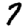
Digit: 7